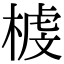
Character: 榩